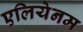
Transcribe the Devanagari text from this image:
एलियेनम